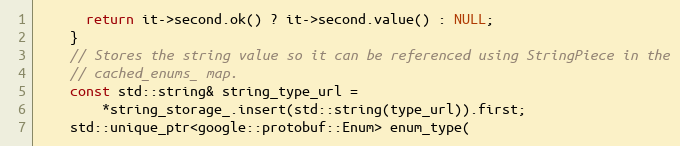
Language: C++
      return it->second.ok() ? it->second.value() : NULL;
    }
    // Stores the string value so it can be referenced using StringPiece in the
    // cached_enums_ map.
    const std::string& string_type_url =
        *string_storage_.insert(std::string(type_url)).first;
    std::unique_ptr<google::protobuf::Enum> enum_type(